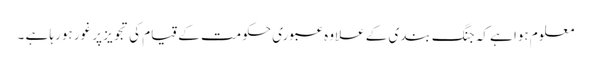
معلوم ہوا ہے کہ جنگ بندی کے علاوہ عبوری حکومت کے قیام کی تجویز پر غور ہورہا ہے ۔